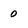
Character: 0